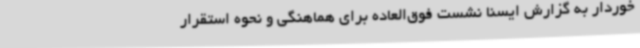
خوردار به گزارش ایسنا نشست فوق‌العاده برای هماهنگی و نحوه استقرار